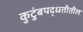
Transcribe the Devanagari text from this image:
कुटुंबपद्धतीतील